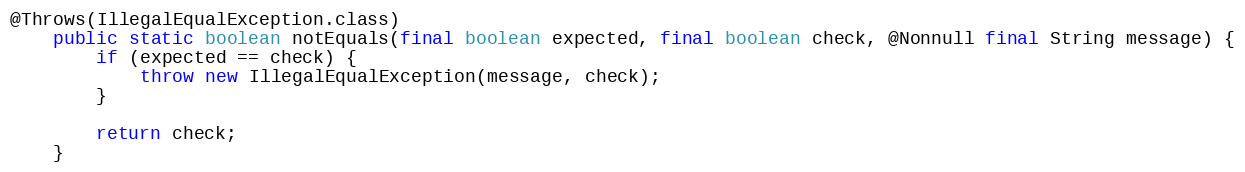
Language: Java
@Throws(IllegalEqualException.class)
	public static boolean notEquals(final boolean expected, final boolean check, @Nonnull final String message) {
		if (expected == check) {
			throw new IllegalEqualException(message, check);
		}

		return check;
	}